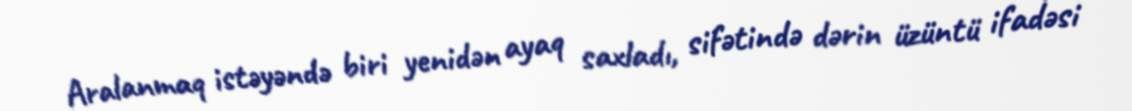
Aralanmaq istəyəndə biri yenidən ayaq saxladı, sifətində dərin üzüntü ifadəsi